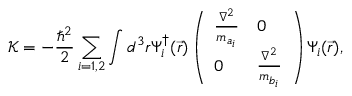
\mathcal { K } = - \frac { \hbar ^ { 2 } } { 2 } \sum _ { i = 1 , 2 } \int d ^ { 3 } r \Psi _ { i } ^ { \dagger } ( \vec { r } ) \left( \begin{array} { l l } { \frac { \nabla ^ { 2 } } { m _ { a _ { i } } } } & { 0 } \\ { 0 } & { \frac { \nabla ^ { 2 } } { m _ { b _ { i } } } } \end{array} \right) \Psi _ { i } ( \vec { r } ) ,